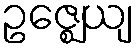
ဥဇ္ဈေယျ